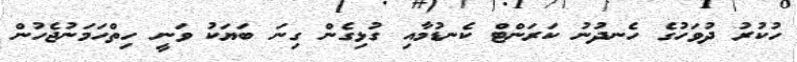
ހުކުރު ދުވަހުގެ ހެނދުނު ކަރަންޓް ކެނޑުމާއި ގުޅިގެން ގިނަ ބަޔަކު ވަނީ ހިތްހަމަނުޖެހުން